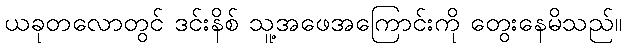
ယခုတလောတွင် ဒင်းနိစ် သူ့အဖေအကြောင်းကို တွေးနေမိသည်။